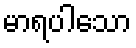
မာရပါသော